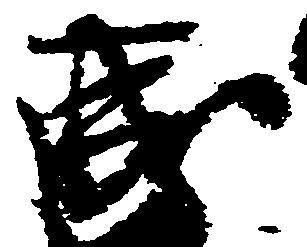
成